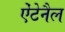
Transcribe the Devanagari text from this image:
ऐंटेनैल